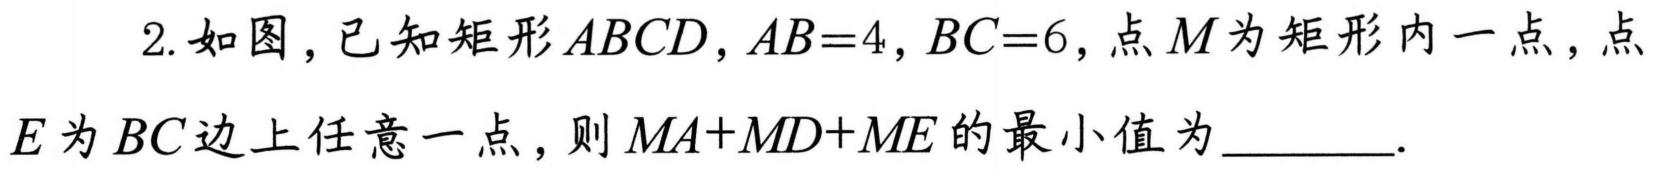
2. 如图，已知矩形\(ABCD\)，\(AB = 4\)，\(BC = 6\)，点\(M\)为矩形内一点，点
\(E\)为\(BC\)边上任意一点，则\(MA + MD+ME\)的最小值为  .